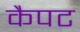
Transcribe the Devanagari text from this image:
कैपट